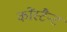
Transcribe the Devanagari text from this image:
कोंस्टैन्ट